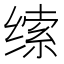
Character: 𰬱